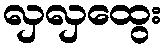
လှလှထွေး